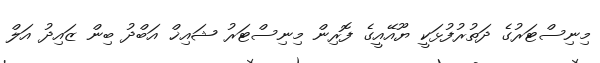
މިނިސްޓަރުގެ ދަތުރުފުޅަކީ ޔޫއޭއީގެ ފޮރިން މިނިސްޓަރު ޝައިޚް އަބްދު ބިން ޒައިދު އަލް